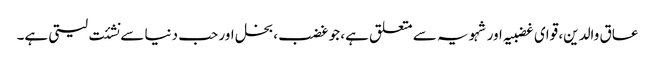
عاق والدین، قوای غضبیہ اور شہویہ سے متعلق ہے، جو غضب، بخل اور حب دنیا سے نشئت لیتی ہے۔